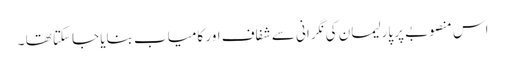
اس منصوبے پر پارلیمان کی نگرانی سے شفاف اور کامیاب بنایا جاسکتا تھا ۔